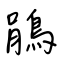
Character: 鵑